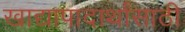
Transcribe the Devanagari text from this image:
खाद्यापादार्थांसाठी